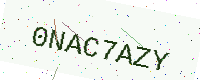
Text: 0NAC7AZY